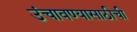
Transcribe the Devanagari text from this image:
उंचावण्यासाठीची